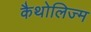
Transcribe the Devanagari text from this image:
कैथोलिज्म